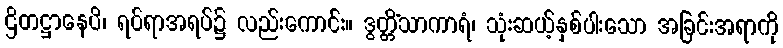
ဌိတဋ္ဌာနေပိ၊ ရပ်ရာအရပ်၌ လည်းကောင်း။ ဒွတ္တိံသာကာရံ၊ သုံးဆယ့်နှစ်ပါးသော အခြင်းအရာကို